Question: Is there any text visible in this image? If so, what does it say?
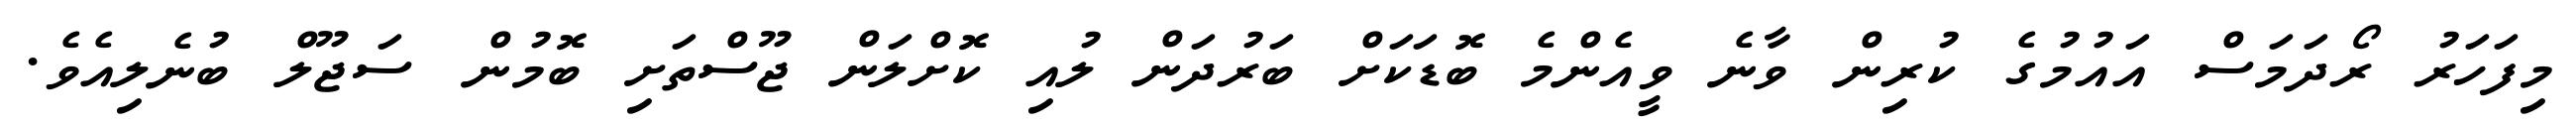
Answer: މިފަހަރު ރޯދަމަސް އައުމުގެ ކުރިން ވާނެ ވީއެންމެ ބޮޑަކަށް ބަރުދަން ލުއި ކޮށްލަން ޖޫސްތަށި ބޮމުން ސަޖޫލް ބުނެލިއެވެ.